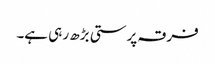
فرقہ پرستی بڑھ ر ہی ہے۔